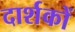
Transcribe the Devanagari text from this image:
दार्शकों